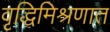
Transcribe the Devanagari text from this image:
वृद्धिमिश्रणात